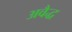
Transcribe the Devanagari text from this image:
अवैद्ध